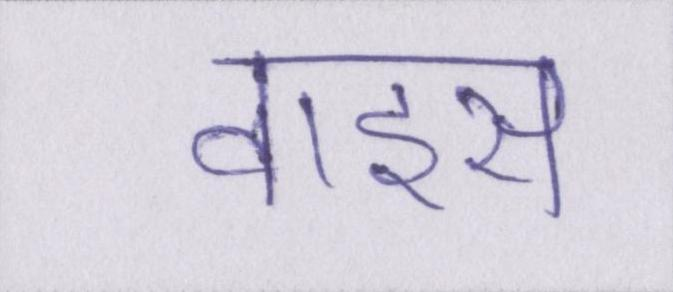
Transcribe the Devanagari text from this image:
वाइस